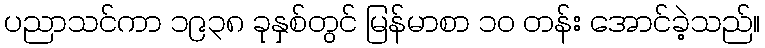
ပညာသင်ကာ ၁၉၃၈ ခုနှစ်တွင် မြန်မာစာ ၁၀ တန်း အောင်ခဲ့သည်။